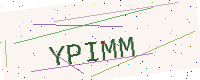
Text: YPIMM